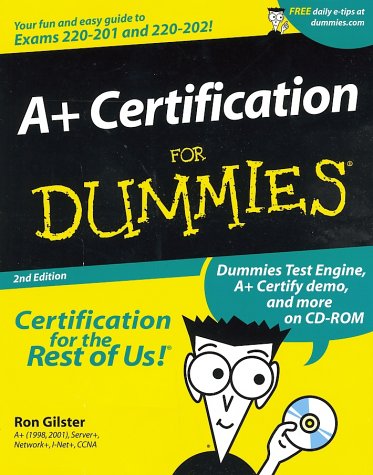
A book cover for A+ Certification For Dummies (For Dummies (Computers)); Ron Gilster; Computers & Technology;